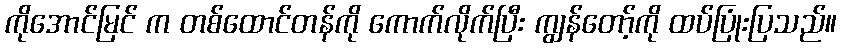
ကိုအောင်မြင် က တစ်ထောင်တန်ကို ကောက်လိုက်ပြီး ကျွန်တော့်ကို ထပ်ပြုံးပြသည်။